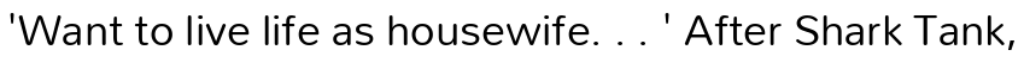
'Want to live life as housewife. . . ' After Shark Tank,